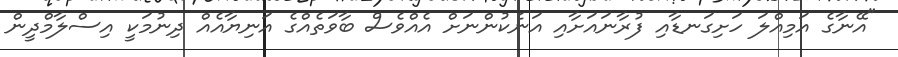
"އޭނާގެ އަމިއްލަ ހަށިގަނޑާއި ފުރާނައަށާއި އަނެކުންނަށް އެއްވެސް ބާވަތެއްގެ އަނިޔާއެއް ދިނުމަކީ އިސްލާމްދީން